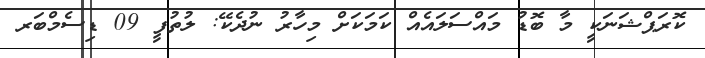
ކޮރަޕްޝަނަކީ މާ ބޮޑު މައްސަލައެއް ކަމަކަށް މިހާރު ނުދެކޭ: ލުތުފީ 09 ޑިސެމްބަރ